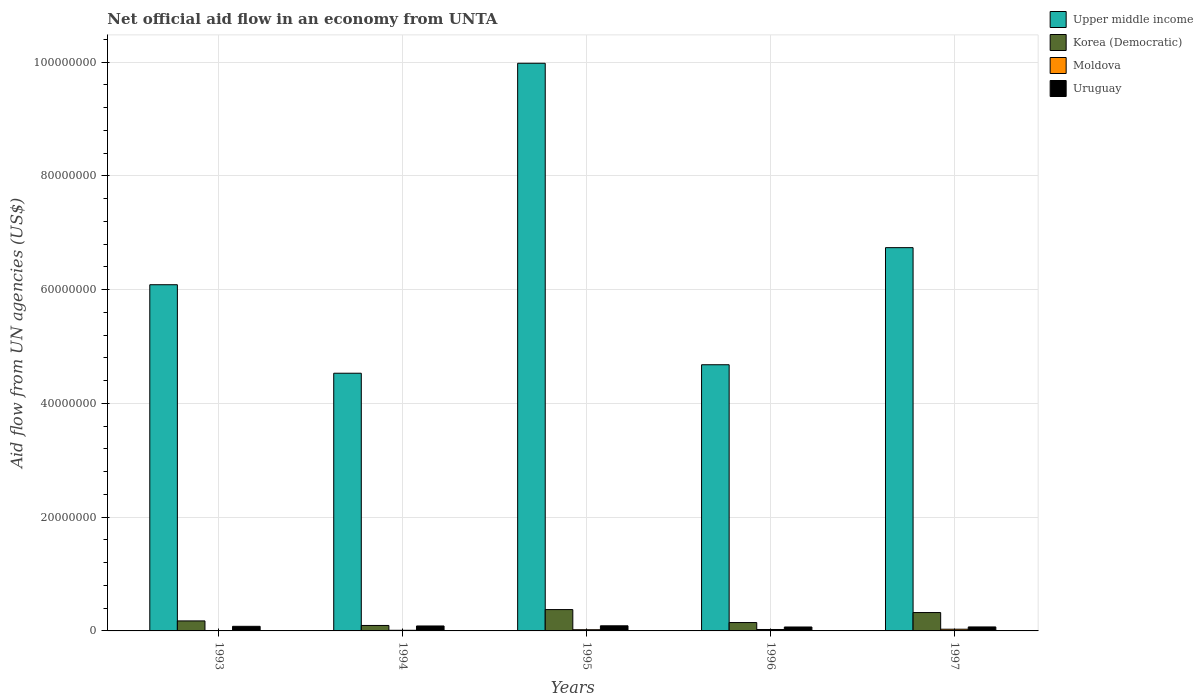
| Years | Upper middle income | Korea (Democratic) | Moldova | Uruguay |
 | --- | --- | --- | --- | --- |
 | 1993 | 6.09e+07 | 1.76e+06 | 6e+04 | 8.1e+05 |
 | 1994 | 4.53e+07 | 9.6e+05 | 1.1e+05 | 8.7e+05 |
 | 1995 | 9.98e+07 | 3.75e+06 | 2.1e+05 | 9e+05 |
 | 1996 | 4.68e+07 | 1.47e+06 | 2.5e+05 | 6.9e+05 |
 | 1997 | 6.74e+07 | 3.23e+06 | 3e+05 | 7e+05 |